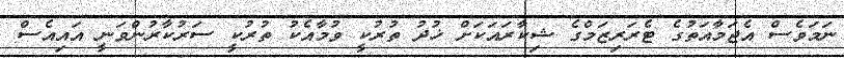
ނަމަވެސް އެޖަމާއަތުގެ ޓެރަރިޒަމްގެ ޝިކާރައަކަށް ޚުދު ތުރުކީ ވުމާއެކު ތުރުކީ ސަރުކާރުންވަނީ އައިއެސް